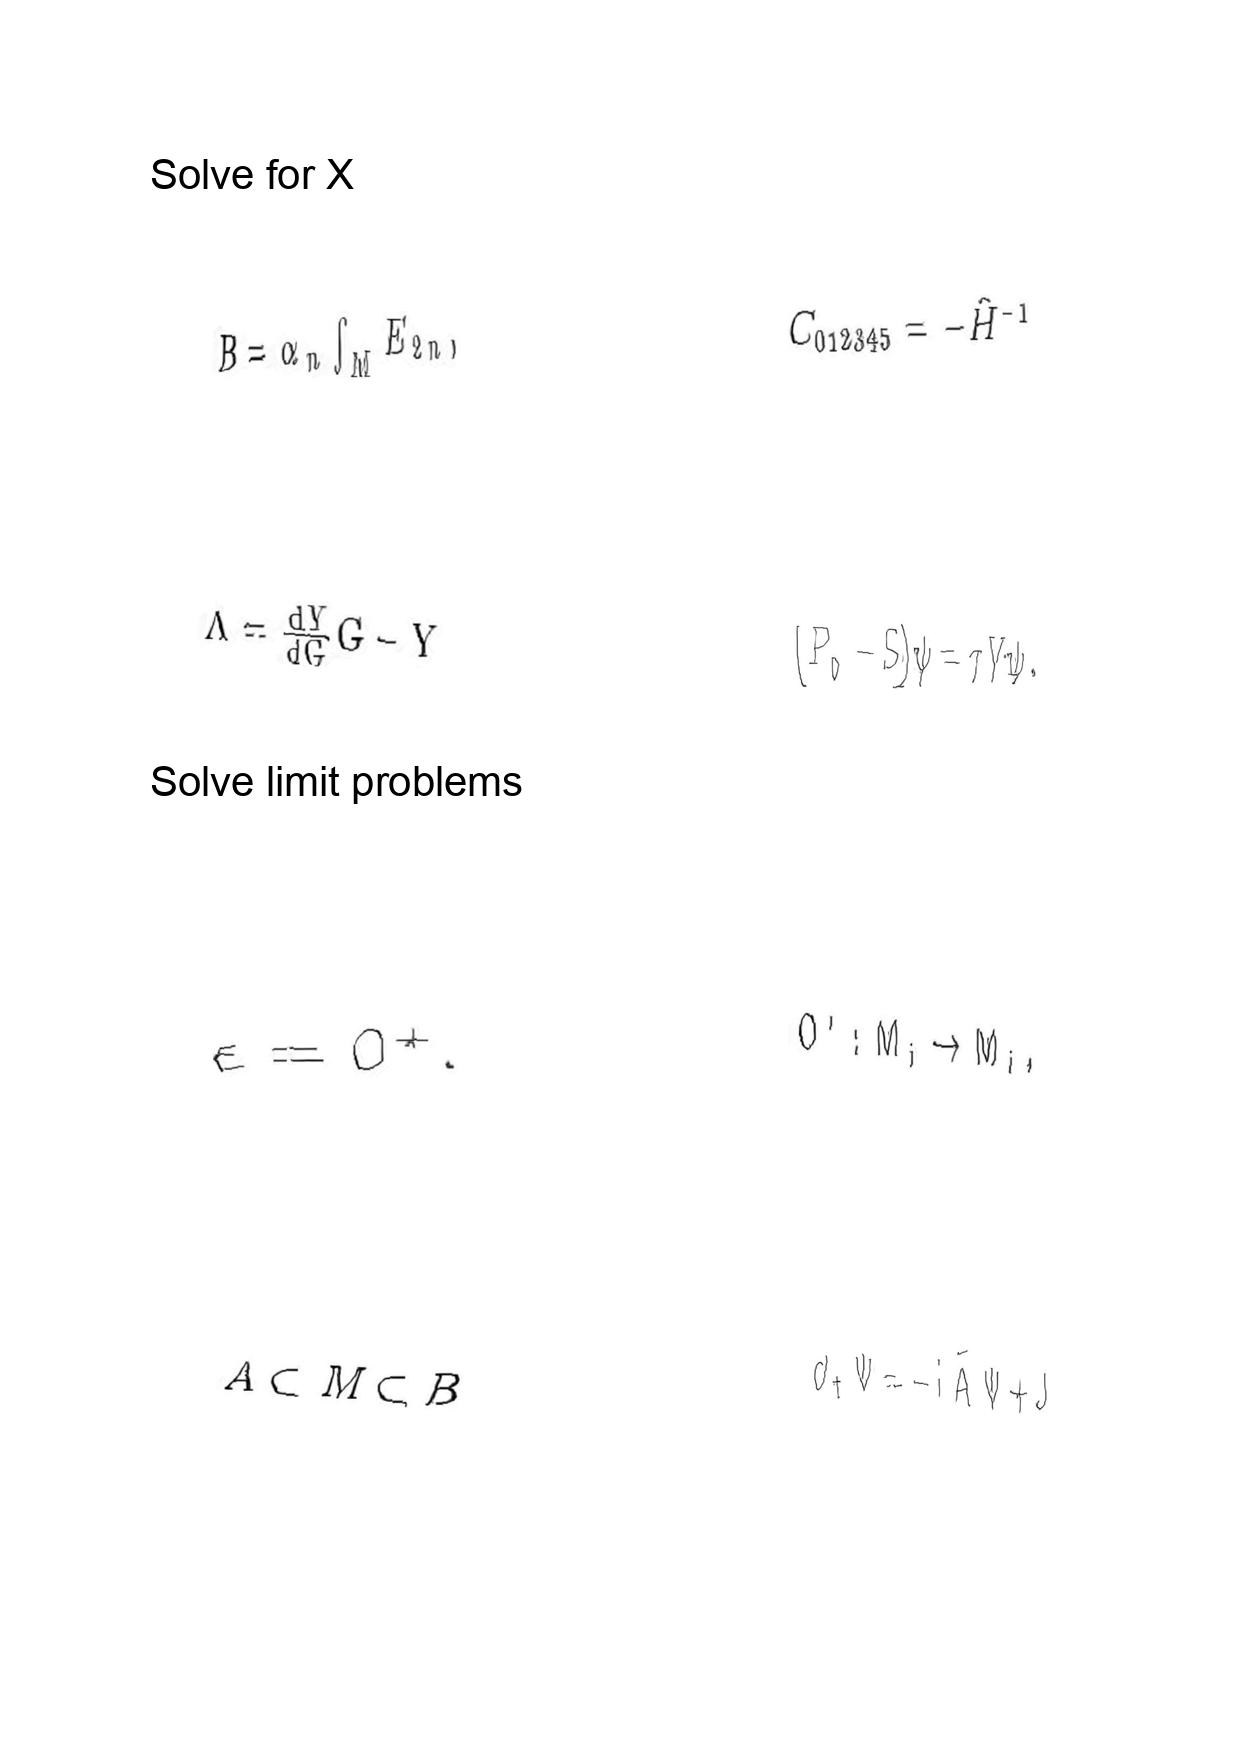
LaTeX transcription:
B = \alpha _ { n } \int _ { M } E _ { 2 n } ,
\Lambda = \frac { d Y } { d G } G - Y
\epsilon = 0 ^ { + } .
A \subset M \subset B
C _ { 0 1 2 3 4 5 } = - \hat { H } ^ { - 1 }
\lparen P _ { 0 } - S \rparen \psi = \tau V \psi .
O ^ { i } : M _ { i } \rightarrow M _ { i } ,
\partial _ { t } \Psi = - i \tilde { A } \Psi + J